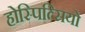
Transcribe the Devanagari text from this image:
होस्पित्सियो